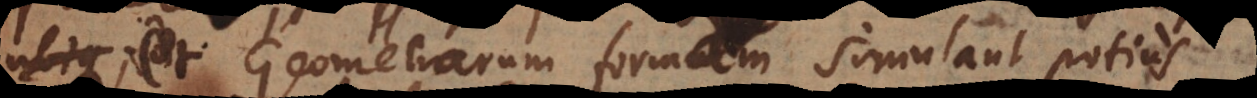
et Geometrarum formam simulant potius